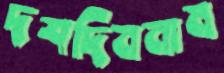
দশদিননাম